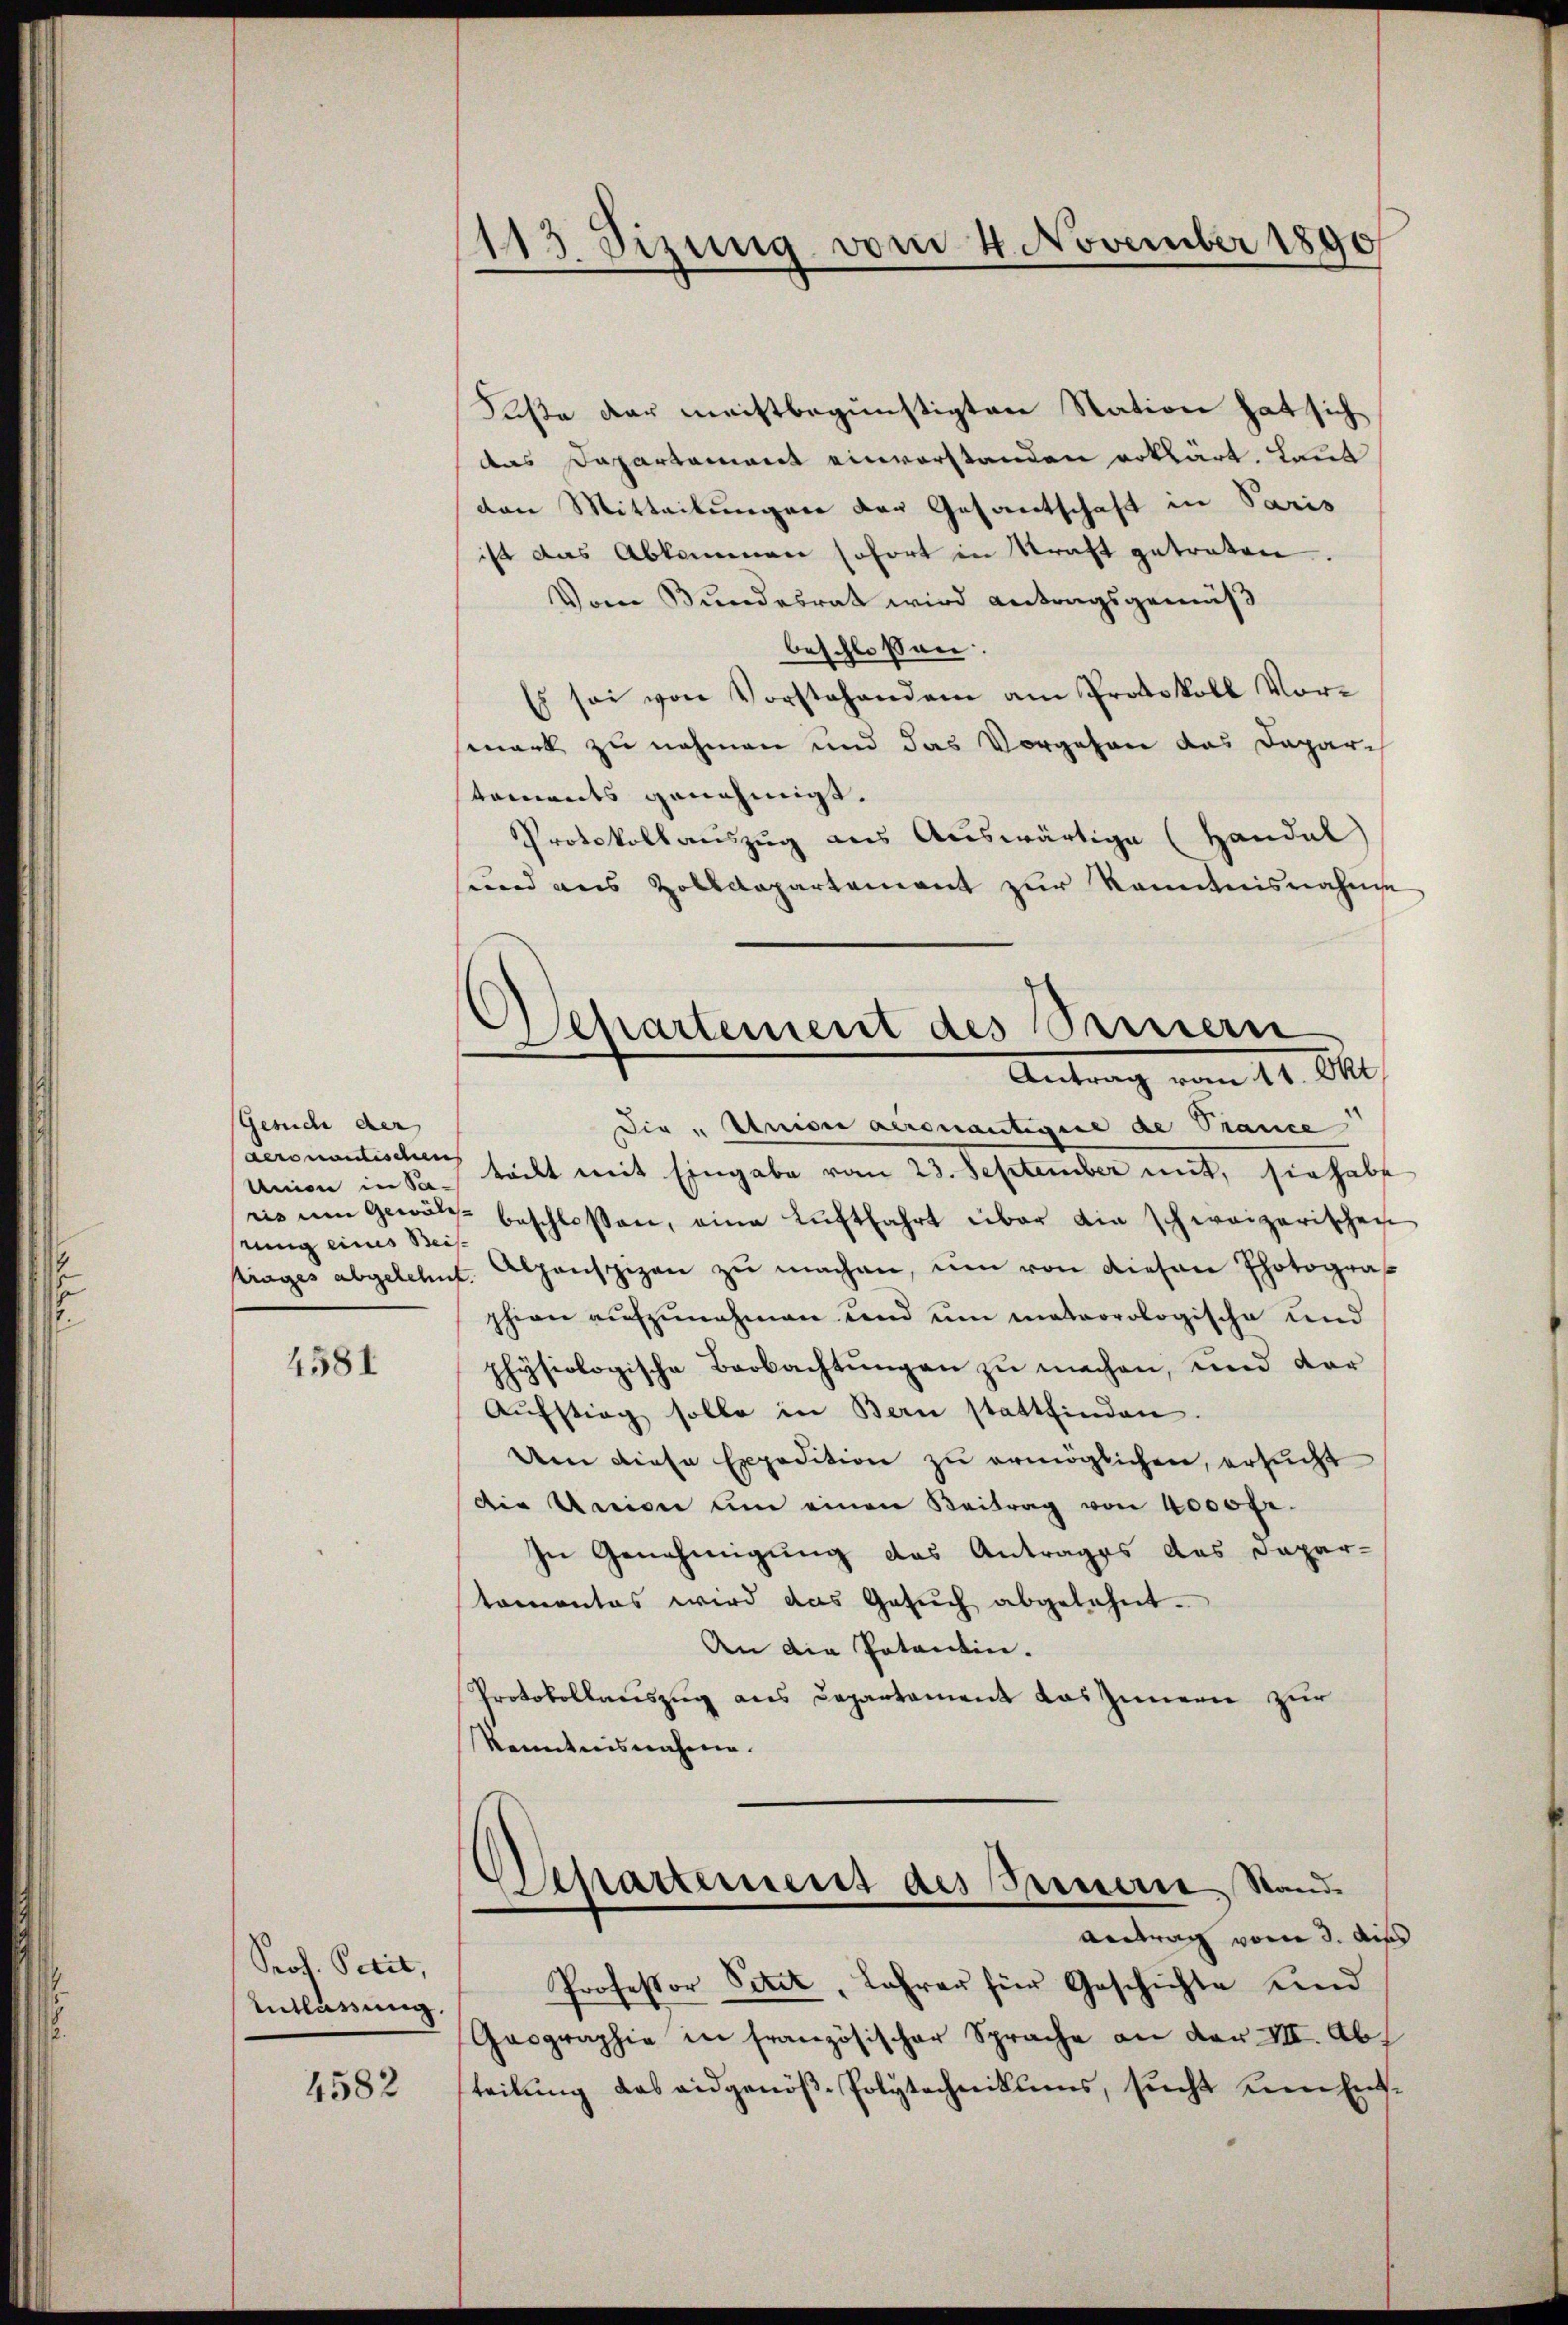
Gesuche der
Aeronomisches
stung eines Beis

4581

Prof. Petit,
Entlassung.

4582

113 Sizung vom 4. November 1890
—

.
Departement des Seinern
Antrag vom 14. Okt.

Fuße der meistbegünstigten Station hat sich
das Dapartament einverstanden erklärt. Laut
den Mitteilungen der Gesantschaft in Paris
ist das Abkommen sofort in Kraft getreten.
Vom Bundesrat wird antragsgemäß
beschlossen.
Es sei von Vorstehendem am Protokoll Vor-
mark zu nehmen und das Vorgehen das Daparch
toments genehmigt.
Protokollauszug aus Auswärtige (Handel
sund aus Zolldepartement zur Kenntnisnahme
Die „Union acronantigire de Trance
Union in So teilt mit Eingabe vom 23. September mit, sie habe
ris um gewälz beschlossen, eine Luftfahrt über die schweizerischen
trages abgelehnt. Alpenspizen zŭ machen, um von diesen Photograp
shion aufzunehmen und um meteorologische und
physiologische Beobachtungen zu machen, und dar
Aufstieg solle in Bern stattfinden.
Um diese Expedition zu ermöglichen, ersucht
Die Kreiser um einen Beitrag von 4000 fr.
In Genehmigung das Antrages das Dapartamentes wird das Gesŭch abgelehnt.
An die Potentin.
Protokollauszug aus Departament das Innern zur
kanntnisnahme.

Departement des Peenerie, Stand

Antrag vom 3. dies
Professor Sitzt, Jahrer für Geschichte und
Gaographie in französischer Sprache an der VII. Abs
teilung das eidgenöße Polytechnikums, sucht um Ent¬